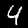
Digit: 4